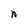
Character: n